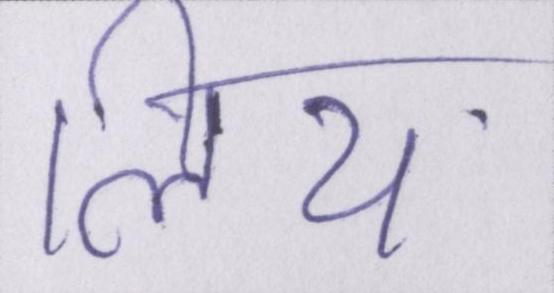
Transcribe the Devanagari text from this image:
लिय